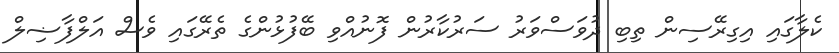
ކެލާގައި އިގިރޭސިން ތިބި ދުވަސްވަރު ސަރުކާރުން ފޮނުއްވި ބޭފުޅުންގެ ތެރޭގައި ވެސް އަލްފާޟިލް